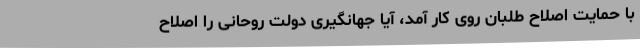
با حمایت اصلاح طلبان روی کار آمد، آیا جهانگیری دولت روحانی را اصلاح